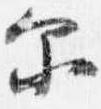
示